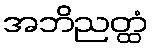
အဘိညတ္ထံ